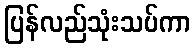
ပြန်လည်သုံးသပ်ကာ